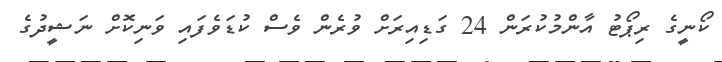
ކޯނީގެ ރިޕޯޓު އާންމުކުރަން 24 ގަޑިއިރަށް ވުރެން ވެސް ކުޑަވެފައި ވަނިކޮށް ނަޝީދުގެ